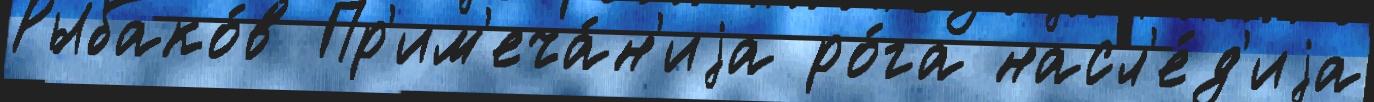
Рыбако́в Пр'им'еча́н'иjа ро́га насл'е́д'иjа